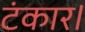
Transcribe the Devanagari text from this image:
टंकार।